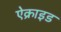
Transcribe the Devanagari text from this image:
ऐक्राइड